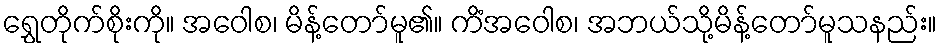
ရွှေတိုက်စိုးကို။ အဝေါစ၊ မိန့်တော်မူ၏။ ကိံအဝေါစ၊ အဘယ်သို့မိန့်တော်မူသနည်း။